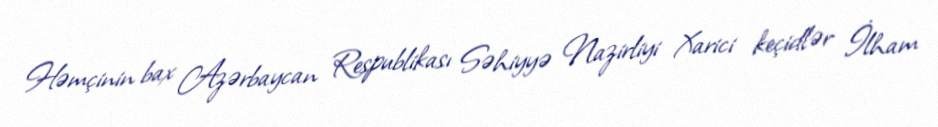
Həmçinin bax Azərbaycan Respublikası Səhiyyə Nazirliyi Xarici keçidlər İlham